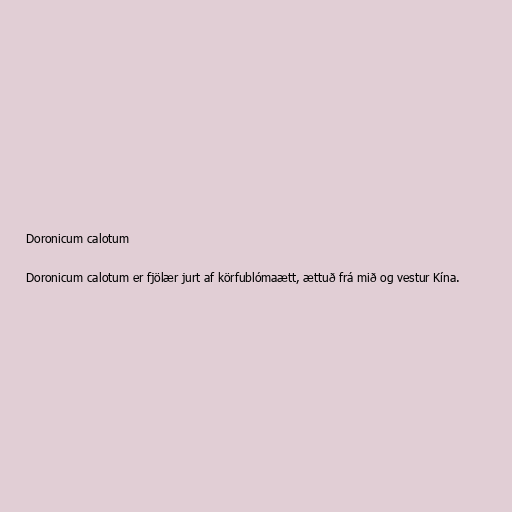
Doronicum calotum

Doronicum calotum er fjölær jurt af körfublómaætt, ættuð frá mið og vestur Kína.